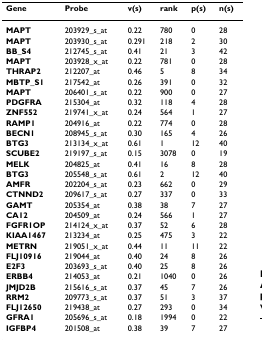
<table><thead><tr><td><b>Gene</b></td><td><b>Probe</b></td><td><b>v(s)</b></td><td><b>rank</b></td><td><b>p(s)</b></td><td><b>n(s)</b></td></tr></thead><tbody><tr><td><b>MAPT</b></td><td>203929_s_at</td><td>0.22</td><td>780</td><td>0</td><td>28</td></tr><tr><td><b>MAPT</b></td><td>203930_s_at</td><td>0.291</td><td>218</td><td>2</td><td>30</td></tr><tr><td><b>BB_S4</b></td><td>212745_s_at</td><td>0.41</td><td>21</td><td>3</td><td>42</td></tr><tr><td><b>MAPT</b></td><td>203928_x_at</td><td>0.22</td><td>781</td><td>0</td><td>28</td></tr><tr><td><b>THRAP2</b></td><td>212207_at</td><td>0.46</td><td>5</td><td>8</td><td>34</td></tr><tr><td><b>MBTP_S1</b></td><td>217542_at</td><td>0.26</td><td>391</td><td>0</td><td>32</td></tr><tr><td><b>MAPT</b></td><td>206401_s_at</td><td>0.22</td><td>900</td><td>0</td><td>27</td></tr><tr><td><b>PDGFRA</b></td><td>215304_at</td><td>0.32</td><td>118</td><td>4</td><td>28</td></tr><tr><td><b>ZNF552</b></td><td>219741_x_at</td><td>0.24</td><td>564</td><td>1</td><td>27</td></tr><tr><td><b>RAMP1</b></td><td>204916_at</td><td>0.22</td><td>774</td><td>0</td><td>28</td></tr><tr><td><b>BECN1</b></td><td>208945_s_at</td><td>0.30</td><td>165</td><td>4</td><td>26</td></tr><tr><td><b>BTG3</b></td><td>213134_x_at</td><td>0.61</td><td>1</td><td>12</td><td>40</td></tr><tr><td><b>SCUBE2</b></td><td>219197_s_at</td><td>0.15</td><td>3078</td><td>0</td><td>19</td></tr><tr><td><b>MELK</b></td><td>204825_at</td><td>0.41</td><td>16</td><td>8</td><td>28</td></tr><tr><td><b>BTG3</b></td><td>205548_s_at</td><td>0.61</td><td>2</td><td>12</td><td>40</td></tr><tr><td><b>AMFR</b></td><td>202204_s_at</td><td>0.23</td><td>662</td><td>0</td><td>29</td></tr><tr><td><b>CTNND2</b></td><td>209617_s_at</td><td>0.27</td><td>337</td><td>0</td><td>33</td></tr><tr><td><b>GAMT</b></td><td>205354_at</td><td>0.38</td><td>38</td><td>7</td><td>27</td></tr><tr><td><b>CA12</b></td><td>204509_at</td><td>0.24</td><td>566</td><td>1</td><td>27</td></tr><tr><td><b>FGFR1OP</b></td><td>214124_x_at</td><td>0.37</td><td>52</td><td>6</td><td>28</td></tr><tr><td><b>KIAA1467</b></td><td>213234_at</td><td>0.25</td><td>475</td><td>3</td><td>22</td></tr><tr><td><b>METRN</b></td><td>219051_x_at</td><td>0.44</td><td>11</td><td>11</td><td>22</td></tr><tr><td><b>FLJ10916</b></td><td>219044_at</td><td>0.40</td><td>24</td><td>8</td><td>26</td></tr><tr><td><b>E2F3</b></td><td>203693_s_at</td><td>0.40</td><td>25</td><td>8</td><td>26</td></tr><tr><td><b>ERBB4</b></td><td>214053_at</td><td>0.21</td><td>1040</td><td>0</td><td>26</td></tr><tr><td><b>JMJD2B</b></td><td>215616_s_at</td><td>0.37</td><td>45</td><td>7</td><td>26</td></tr><tr><td><b>RRM2</b></td><td>209773_s_at</td><td>0.37</td><td>51</td><td>3</td><td>37</td></tr><tr><td><b>FLJ12650</b></td><td>219438_at</td><td>0.27</td><td>293</td><td>0</td><td>34</td></tr><tr><td><b>GFRA1</b></td><td>205696_s_at</td><td>0.18</td><td>1994</td><td>0</td><td>22</td></tr><tr><td><b>IGFBP4</b></td><td>201508_at</td><td>0.38</td><td>39</td><td>7</td><td>27</td></tr></tbody></table>